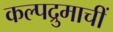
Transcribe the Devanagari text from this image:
कल्पद्रुमाचीं